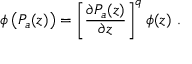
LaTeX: \phi \left( P _ { a } ( z ) \right) = \left[ \frac { \partial P _ { a } ( z ) } { \partial z } \right] ^ { q } \phi ( z ) \ .